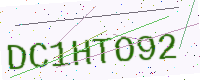
Text: DC1HTO92